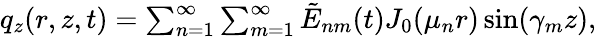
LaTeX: \begin{array}{r}{q_{z}(r,z,t)=\sum_{n=1}^{\infty}\sum_{m=1}^{\infty}\tilde{E}_{nm}(t)J_{0}(\mu_{n}r)\sin(\gamma_{m}z),}\end{array}